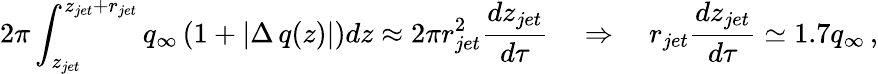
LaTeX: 2\pi\int_{z_{jet}}^{z_{jet}+r_{jet}}q_{\infty}\left(1+|\Delta\, q(z)|\right)dz\approx 2\pi r_{jet}^{2}\frac{dz_{jet}}{d\tau}\quad\Rightarrow\quad r_{jet}\frac{dz_{jet}}{d\tau}\simeq 1.7q_{\infty}\, ,